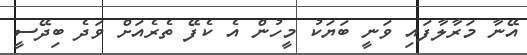
އޭނާ މަރާލާފައި ވަނީ ބަޔަކު މީހުން އެ ކެފޭ ތެރެއަށް ވަދެ ބިދޭސީ